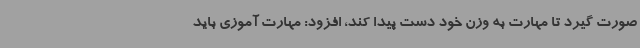
صورت گیرد تا مهارت به وزن خود دست پیدا کند، افزود: مهارت آموزی باید